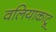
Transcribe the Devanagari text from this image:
वलियाकाटू